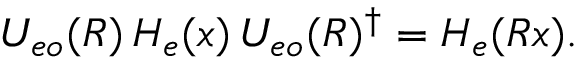
U _ { e o } ( R ) \, H _ { e } ( x ) \, U _ { e o } ( R ) ^ { \dagger } = H _ { e } ( R x ) .